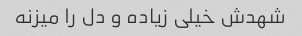
شهدش خیلی زیاده و دل را میزنه